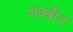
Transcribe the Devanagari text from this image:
मब्बीन